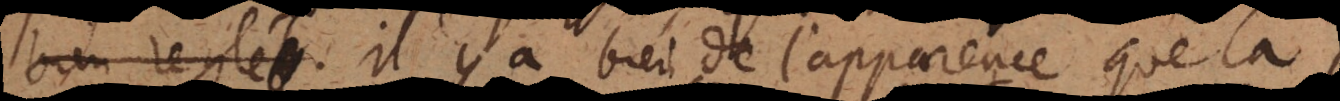
beauté. Il y a bien de l’apparence que la